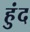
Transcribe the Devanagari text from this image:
हुंद